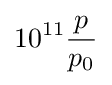
10^{11}{\frac {p}{p_{0}}}